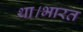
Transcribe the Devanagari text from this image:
था।भारत